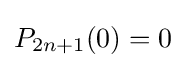
P_{2n+1}(0)=0